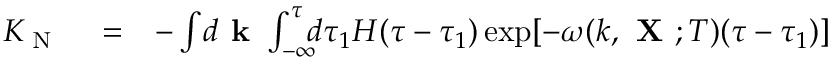
\begin{array} { r l r } { K _ { \textrm { N } } } & { { } = } & { - \int \! d { \textbf { k } } \int _ { - \infty } ^ { \tau } \! \! \! d \tau _ { 1 } H ( \tau - \tau _ { 1 } ) \exp [ - \omega ( k , { \textbf { X } } ; T ) ( \tau - \tau _ { 1 } ) ] } \end{array}